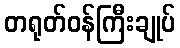
တရုတ်ဝန်ကြီးချုပ်